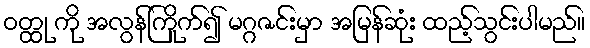
ဝတ္ထု ကို အလွန်ကြိုက်၍ မဂ္ဂဇင်းမှာ အမြန်ဆုံး ထည့်သွင်းပါမည်။